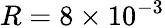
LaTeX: R=8\times 10^{-3}